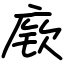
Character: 𫷷